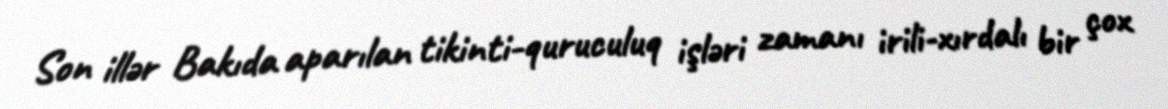
Son illər Bakıda aparılan tikinti-quruculuq işləri zamanı irili-xırdalı bir çox